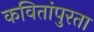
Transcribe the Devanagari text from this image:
कवितांपुरता